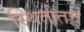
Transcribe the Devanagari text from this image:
स्थितीतच